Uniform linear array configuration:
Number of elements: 4
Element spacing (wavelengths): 0.5
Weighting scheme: uniform
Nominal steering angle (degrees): -45
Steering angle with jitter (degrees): -43.738
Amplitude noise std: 0.05
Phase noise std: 0.05

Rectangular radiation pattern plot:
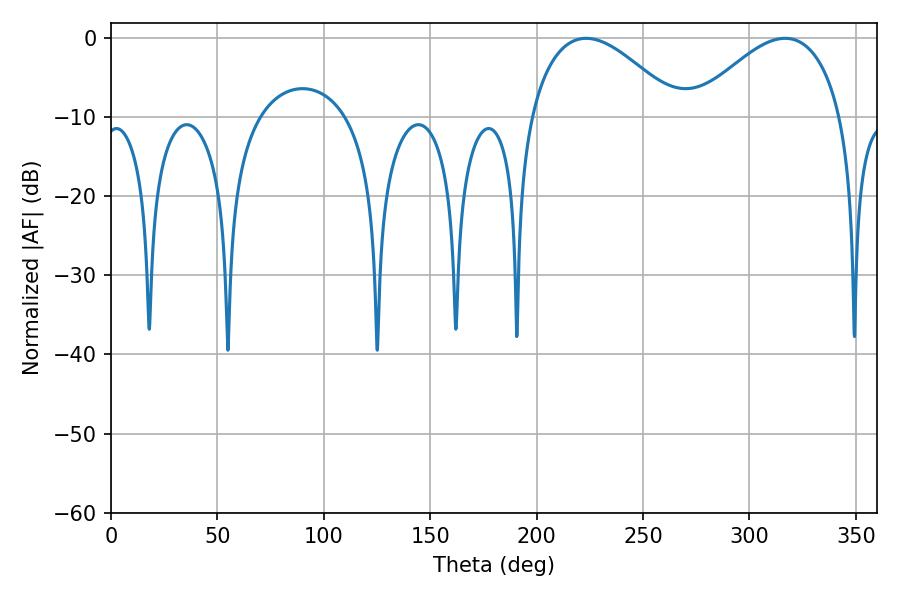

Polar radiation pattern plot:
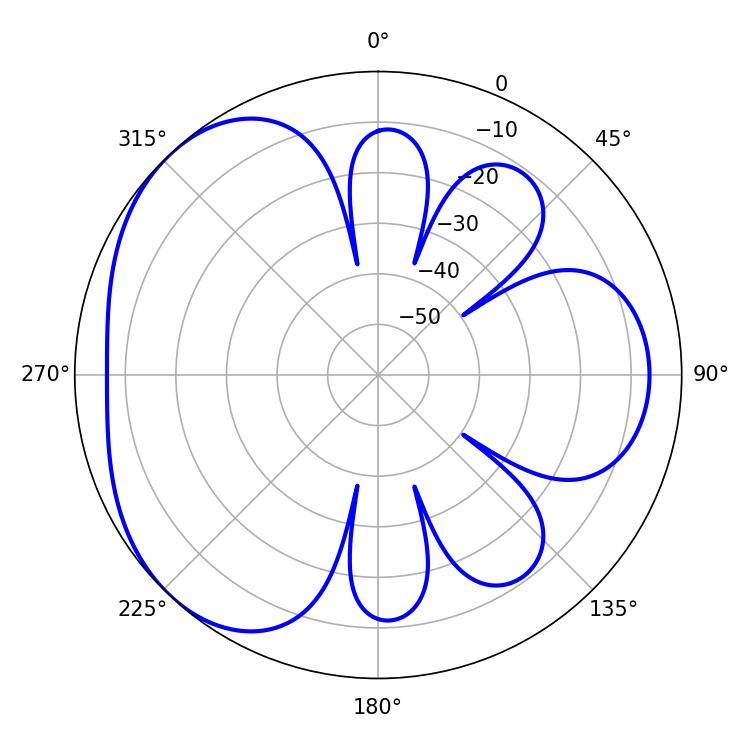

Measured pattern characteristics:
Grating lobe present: FALSE
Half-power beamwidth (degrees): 38.34
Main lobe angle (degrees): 223.2